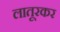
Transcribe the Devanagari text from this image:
लातूरकर